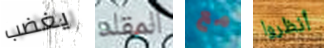
يغضب المقلد مع أنظروا